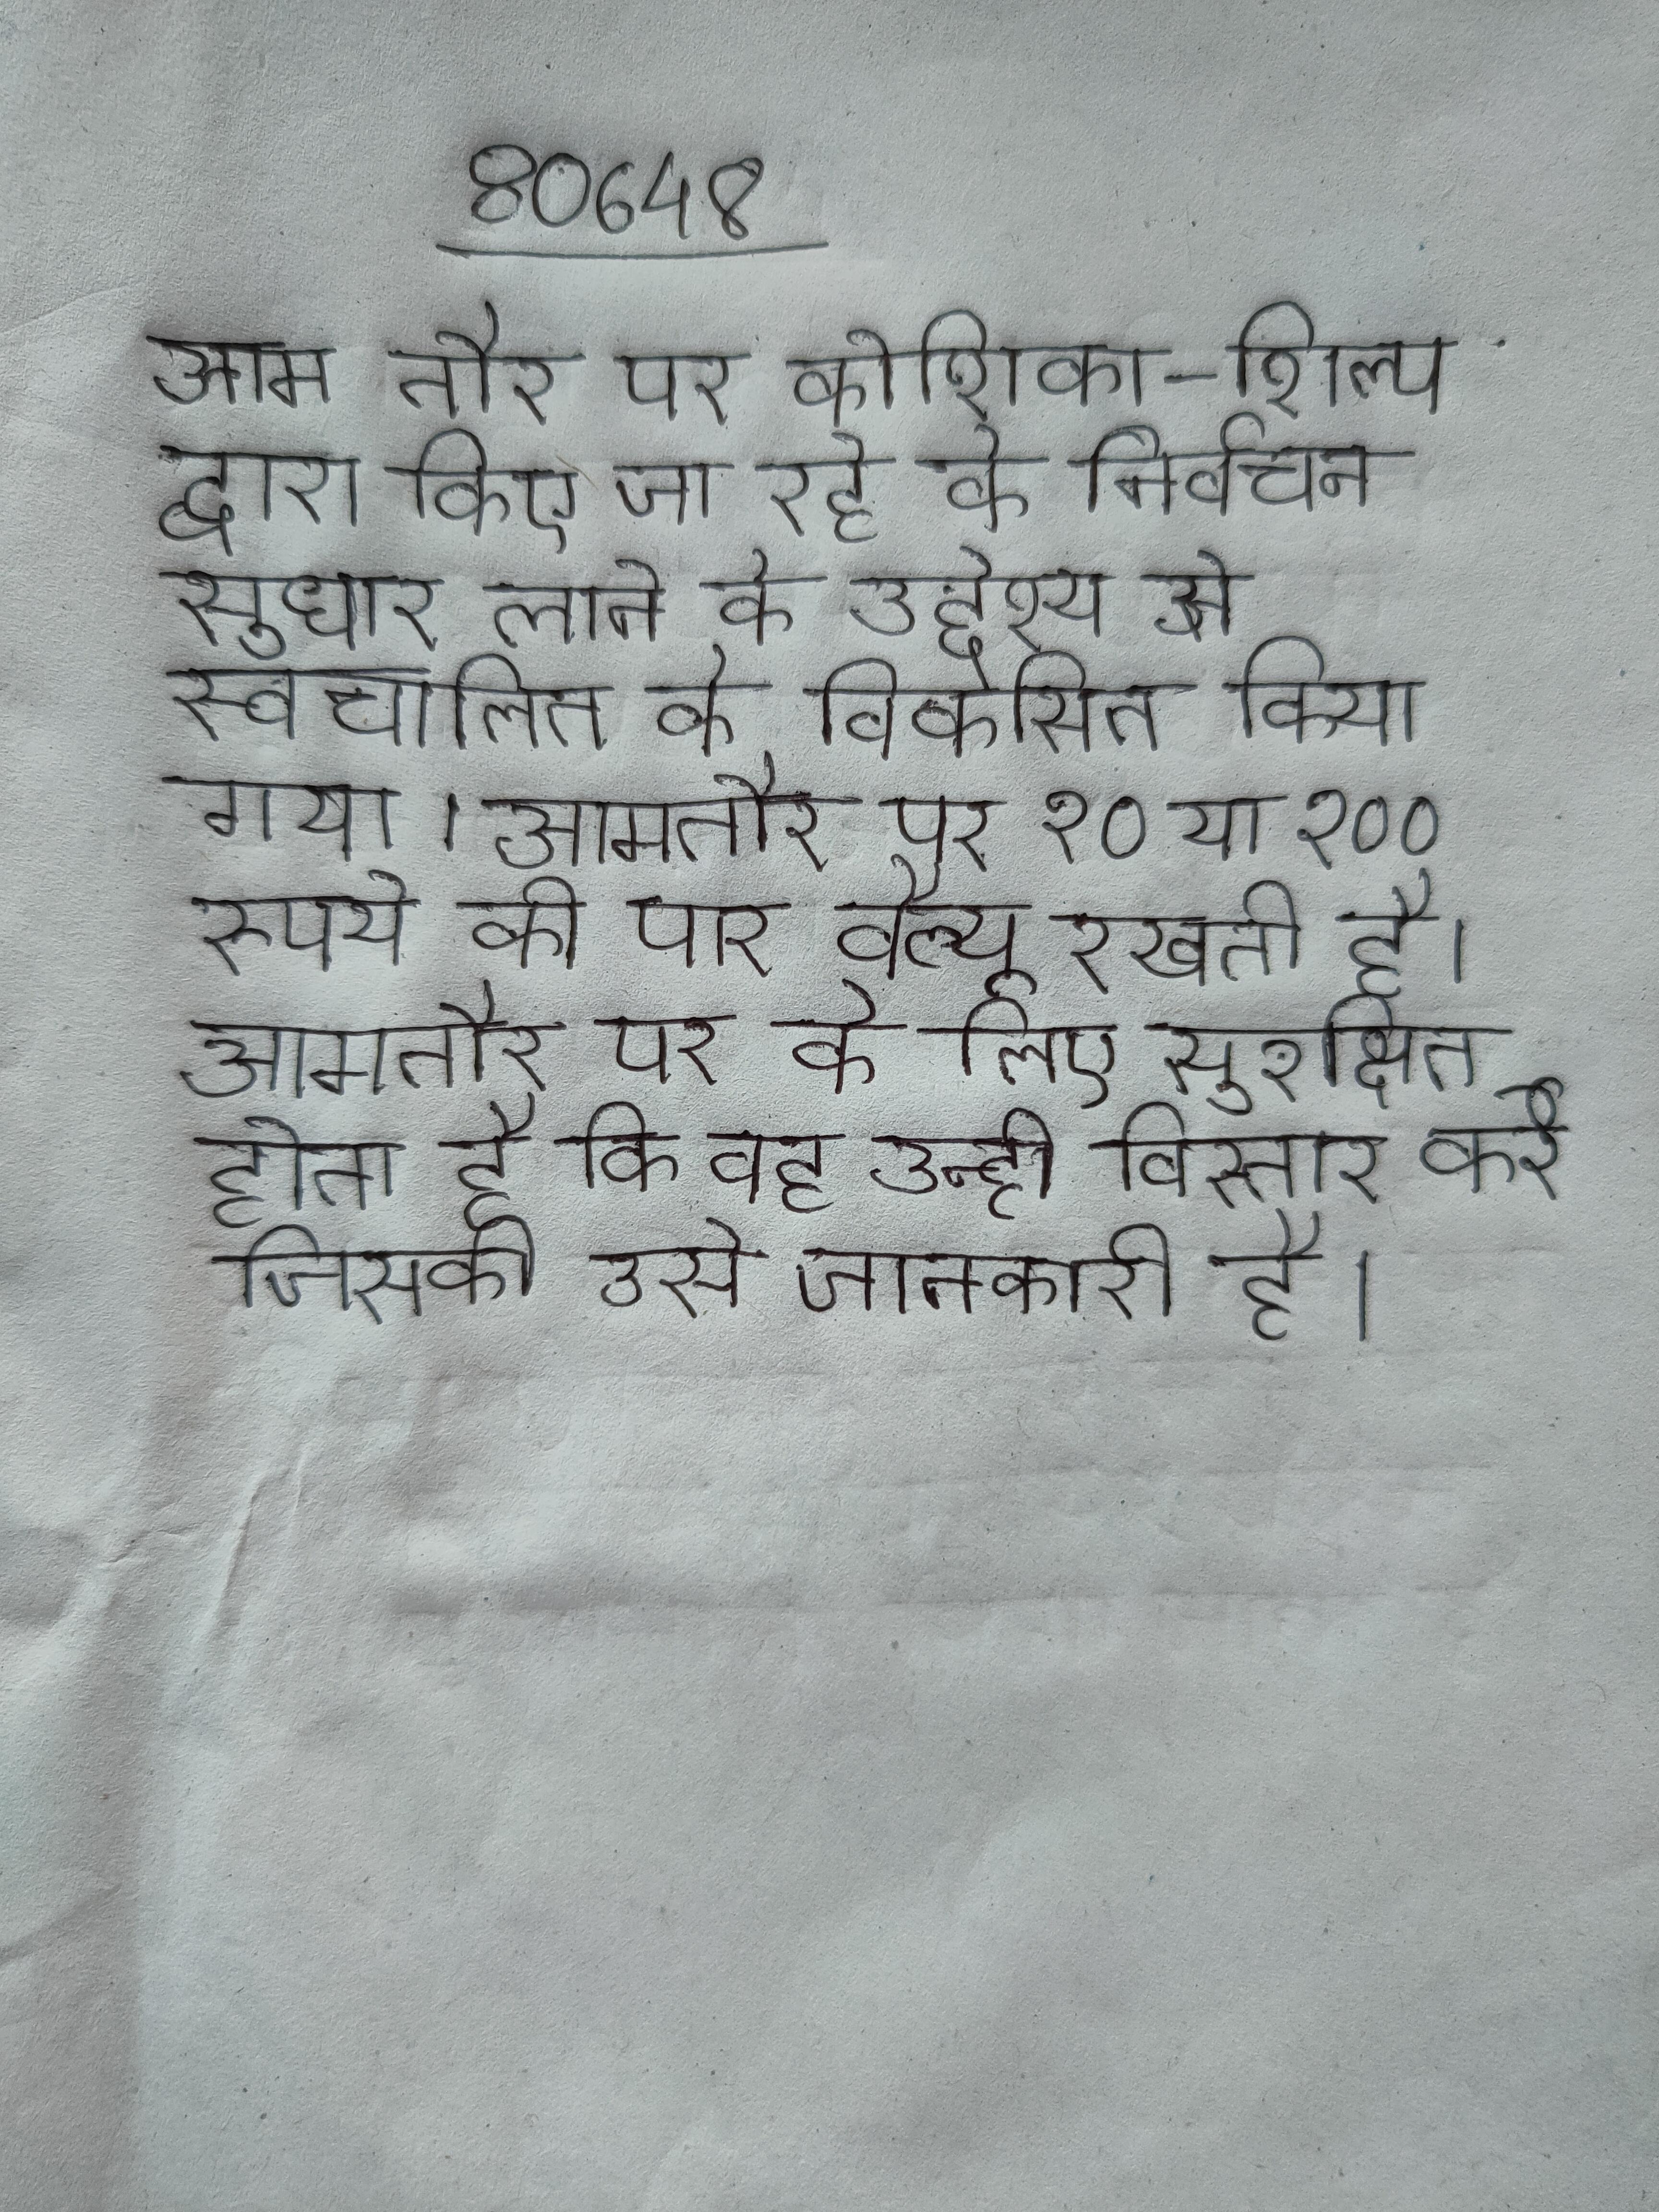
आम तौर पर कोशिका-शिल्प द्वारा किए जा रहे के निर्वचन सुधार लाने के उद्देश्य से स्वचालित को विकसित किया गया । आमतौर पर १० या १०० रुपये की पार वैल्यू रखती है । आमतौर पर के लिए सुरक्षित होता है कि वह उन्ही विस्तार करे जिसकी उसे जानकारी है ।